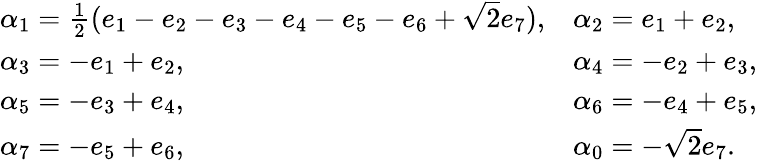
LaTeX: \begin{array}{ll}{{\alpha_{1}={\frac{1}{2}}(e_{1}-e_{2}-e_{3}-e_{4}-e_{5}-e_{6}+\sqrt 2e_{7}),}}&{{\alpha_{2}=e_{1}+e_{2},}}\\ {{\alpha_{3}=-e_{1}+e_{2},}}&{{\alpha_{4}=-e_{2}+e_{3},}}\\ {{\alpha_{5}=-e_{3}+e_{4},}}&{{\alpha_{6}=-e_{4}+e_{5},}}\\ {{\alpha_{7}=-e_{5}+e_{6},}}&{{\alpha_{0}=-\sqrt{2}e_{7}.}}\end{array}